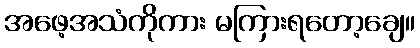
အဖေ့အသံကိုကား မကြားရတော့ချေ။